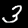
Label: 3